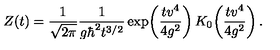
Z ( t ) = { \frac { 1 } { \sqrt { 2 \pi } } } { \frac { 1 } { g \hbar ^ { 2 } t ^ { 3 / 2 } } } \exp \! \left( { \frac { t v ^ { 4 } } { 4 g ^ { 2 } } } \right) K _ { 0 } \! \left( { \frac { t v ^ { 4 } } { 4 g ^ { 2 } } } \right) .